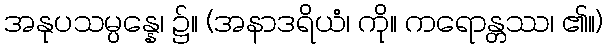
အနုပသမ္ပန္နေ၊ ၌။ (အနာဒရိယံ၊ ကို။ ကရောန္တဿ၊ ၏။)